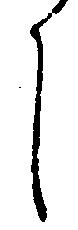
し